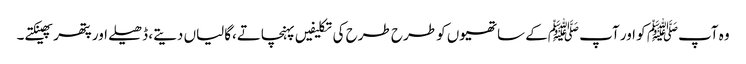
وہ آپﷺ کو اور آپ ﷺکے ساتھیوں کو طرح طرح کی تکلیفیں پہنچاتے،گالیاں دیتے، ڈھیلے اور پتھر پھینکتے۔